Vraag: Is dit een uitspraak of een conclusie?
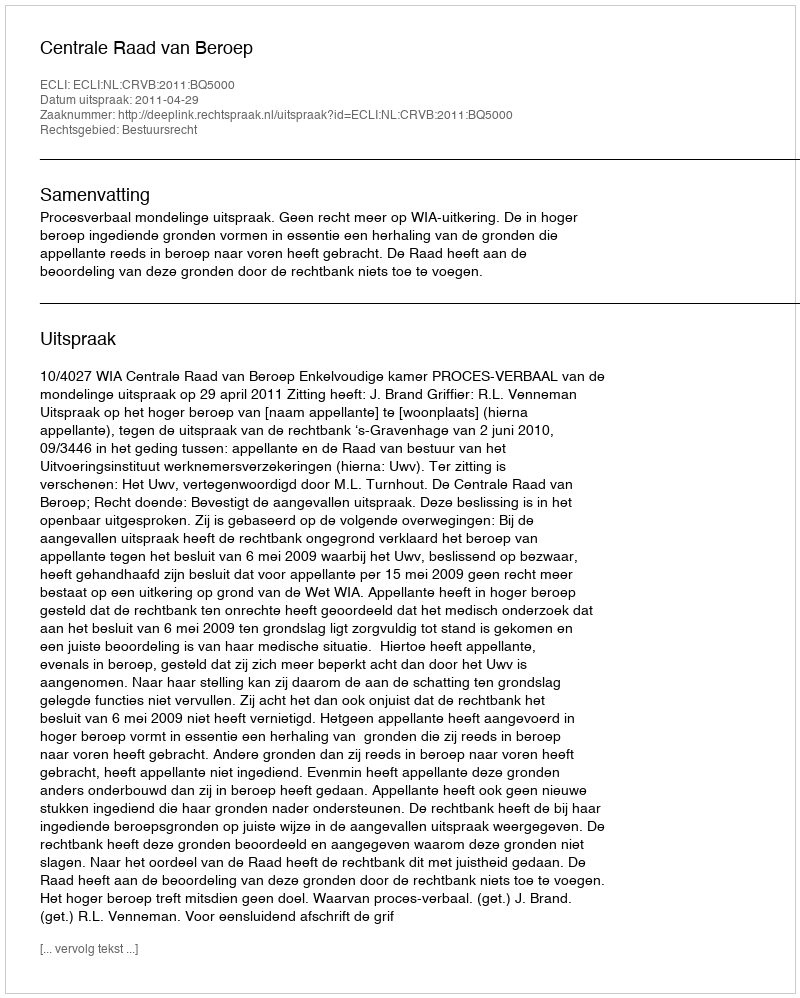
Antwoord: Uitspraak